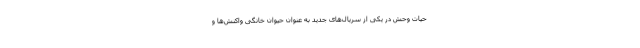
حیات وحش در یکی از سریال‌های جدید به عنوان حیوان خانگی واکنش‌ها و